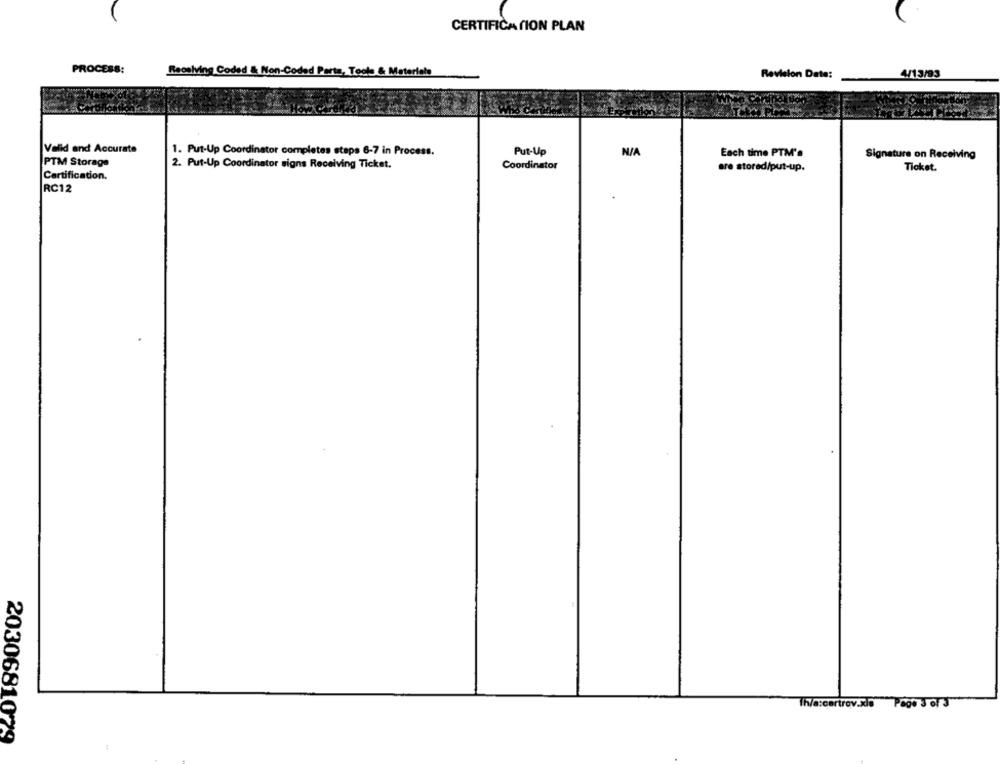
CERTIFICA CION PLAN
PROCESS:
Receiving Coded & Non-Coded Parte, Tools & Materiele
Revision Date:
4/13/93
Valid and Accurate
1. Put-Up Coordinator completes steps 6-7 in Process.
Put-Up
Each time PTM'a
Signature on Receiving
PTM Storage
2. Put-Up Coordinator signs Receiving Ticket.
Coordinator
are stored/put-up.
Ticket.
Certification.
RC12
Th/a:cartrov.xde Page 3 of 3
2030681079